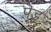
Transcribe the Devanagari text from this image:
पॆड